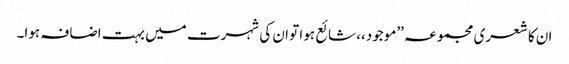
ان کا شعری مجموعہ ’’موجود،، شائع ہوا تو ان کی شہرت میں بہت اضافہ ہوا۔